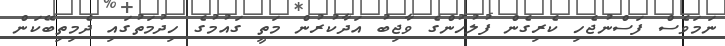
ނަމަވެސް ފަސްނުޖެހި ކެރިގެން ފުލުހުންގެ ވާޖިބު އަދާކުރުން މަތީ ގައުމުގެ ހިދުމަތުގައި ދެމިތިބޭކަން